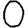
Digit: 0